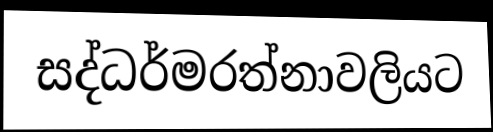
සද්ධර්මරත්නාවලියට